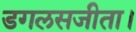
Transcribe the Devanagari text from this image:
डगलसजीता।